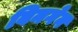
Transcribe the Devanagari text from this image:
बिनगेन